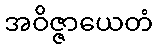
အဝိဇ္ဇာယေတံ